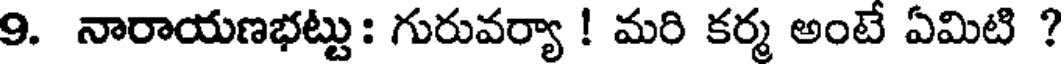
9. నారాయణభట్టు: గురువర్యా ! మరి కర్మ అంటే ఏమిటి ?